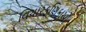
વિચારકણિકાઓ